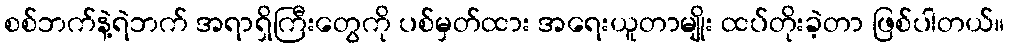
စစ်ဘက်နဲ့ရဲဘက် အရာရှိကြီးတွေကို ပစ်မှတ်ထား အရေးယူတာမျိုး ထပ်တိုးခဲ့တာ ဖြစ်ပါတယ်။